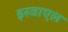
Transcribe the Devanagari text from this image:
इस्त्राएल